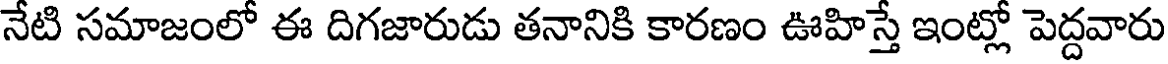
నేటి సమాజంలో ఈ దిగజారుడు తనానికి కారణం ఊహిస్తే ఇంట్లో పెద్దవారు